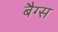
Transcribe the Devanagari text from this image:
बैग्‍स